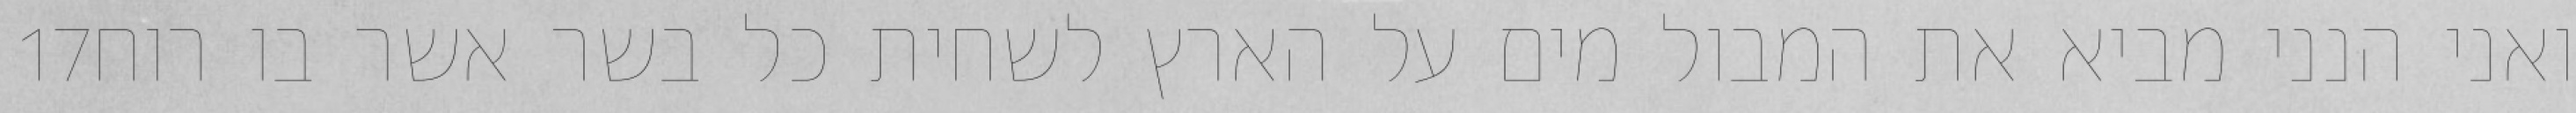
‎17‏ ואני הנני מביא את המבול מים על הארץ לשחית כל בשר אשר בו רוח